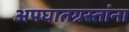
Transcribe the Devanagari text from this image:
अपघातग्रस्तांना